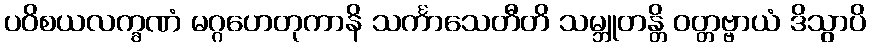
ပဝိစယလက္ခဏံ မဂ္ဂဟေတုကာနိ သင်္ကာသေတီတိ သမ္ဘူတန္တိ ဝတ္တဗ္ဗာယံ ဒိသွာပိ